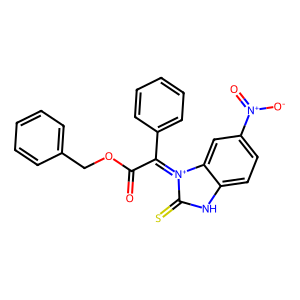
SMILES: O=C(OCc1ccccc1)C(c1ccccc1)=[N+]1C(=S)Nc2ccc([N+](=O)[O-])cc21
Inhibits HIV replication: No